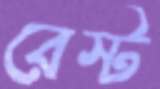
রেস্ট